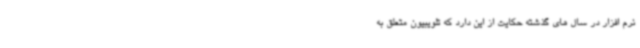
نرم افزار در سال های گذشته حکایت از این دارد که تلویبیون متعلق به